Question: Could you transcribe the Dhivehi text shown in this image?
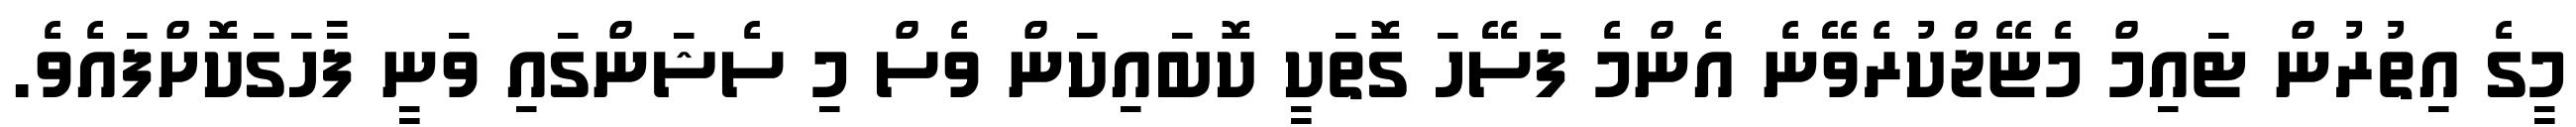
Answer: މީގެ އިތުރުން ޓައިމް މެޏޭޖްކުރެވޭނެ އެންމެ ފަސޭހަ ގޮތަކީ ކޮބައިކަން ވެސް މި ސެޝަންގައި ވަނީ ފާހަގަކޮށްފައެވެ.